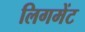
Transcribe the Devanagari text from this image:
लिगमेंट